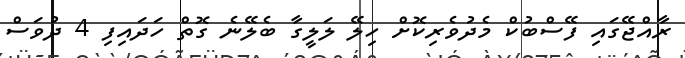
ރާއްޖޭގައި ފޭސްބުކް މެދުވެރިކޮށް ހިލޭ ލަލީގާ ބެލޭނެ ގޮތް ހަދައިފި 4 ދުވަސް